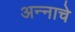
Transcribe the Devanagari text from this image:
अन्‍नाचे